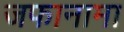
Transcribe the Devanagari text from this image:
जफानामा